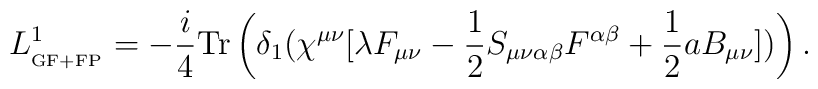
L_{_{{\rm GF+FP}}}^{1} =-\frac{i}{4}{\rm Tr}\left(\delta_1(\chi^{\mu\nu}[\lambda F_{\mu\nu}-\frac{1}{2}S_{\mu\nu\alpha\beta}F^{\alpha\beta}+\frac{1}{2}a B_{\mu\nu}])\right).